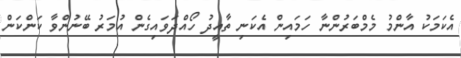
އެކަމަކު އާންމު މެމްބަރުންނާ ހަމައިން އެކަނި ތާއީދު ހޯއްދަވައިގެން އުމަރު ބޭނުންވާ ކަންކަން